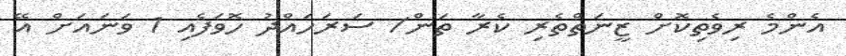
އެންމެ ރިވެތިކޮށް ޒީނަތްތެރި ކެރާ ތަން/ ސަރަހައްދު ހޮވަފެއި 1 ވަނައަށް އޭ